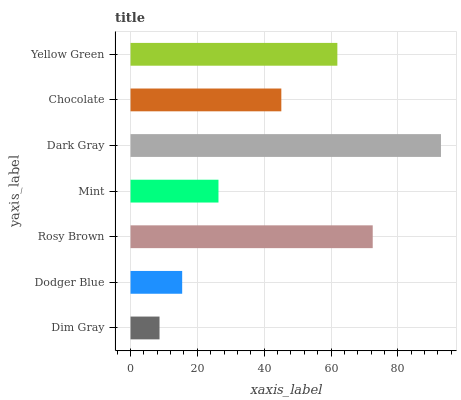
| yaxis_label | bars |
 | --- | --- |
 | Dim Gray | 8.67 |
 | Dodger Blue | 15.5 |
 | Rosy Brown | 72.5 |
 | Mint | 26.3 |
 | Dark Gray | 92.9 |
 | Chocolate | 45.1 |
 | Yellow Green | 61.9 |